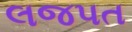
લજપત